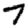
Digit: 7